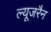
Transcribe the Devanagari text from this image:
ल्यूजरैन